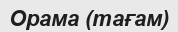
Орама (тағам)